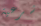
شرعية